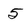
Character: 5